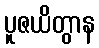
ပူဇယိတွာန